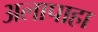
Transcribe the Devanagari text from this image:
अलापाहा